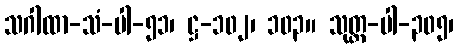
သဂါထာ-သံ-ပါ-၅၁၊ ဋ္ဌ-၁၀၂၊ ၁၀၃။ သုတ္တ-ပါ-၃၀၅၊